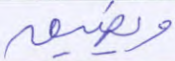
ويضيق